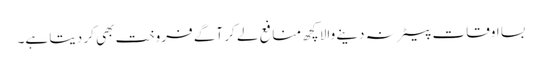
بسا اوقات بیعانہ دینے والا کچھ منافع لے کر آگے فروخت بھی کر دیتا ہے۔